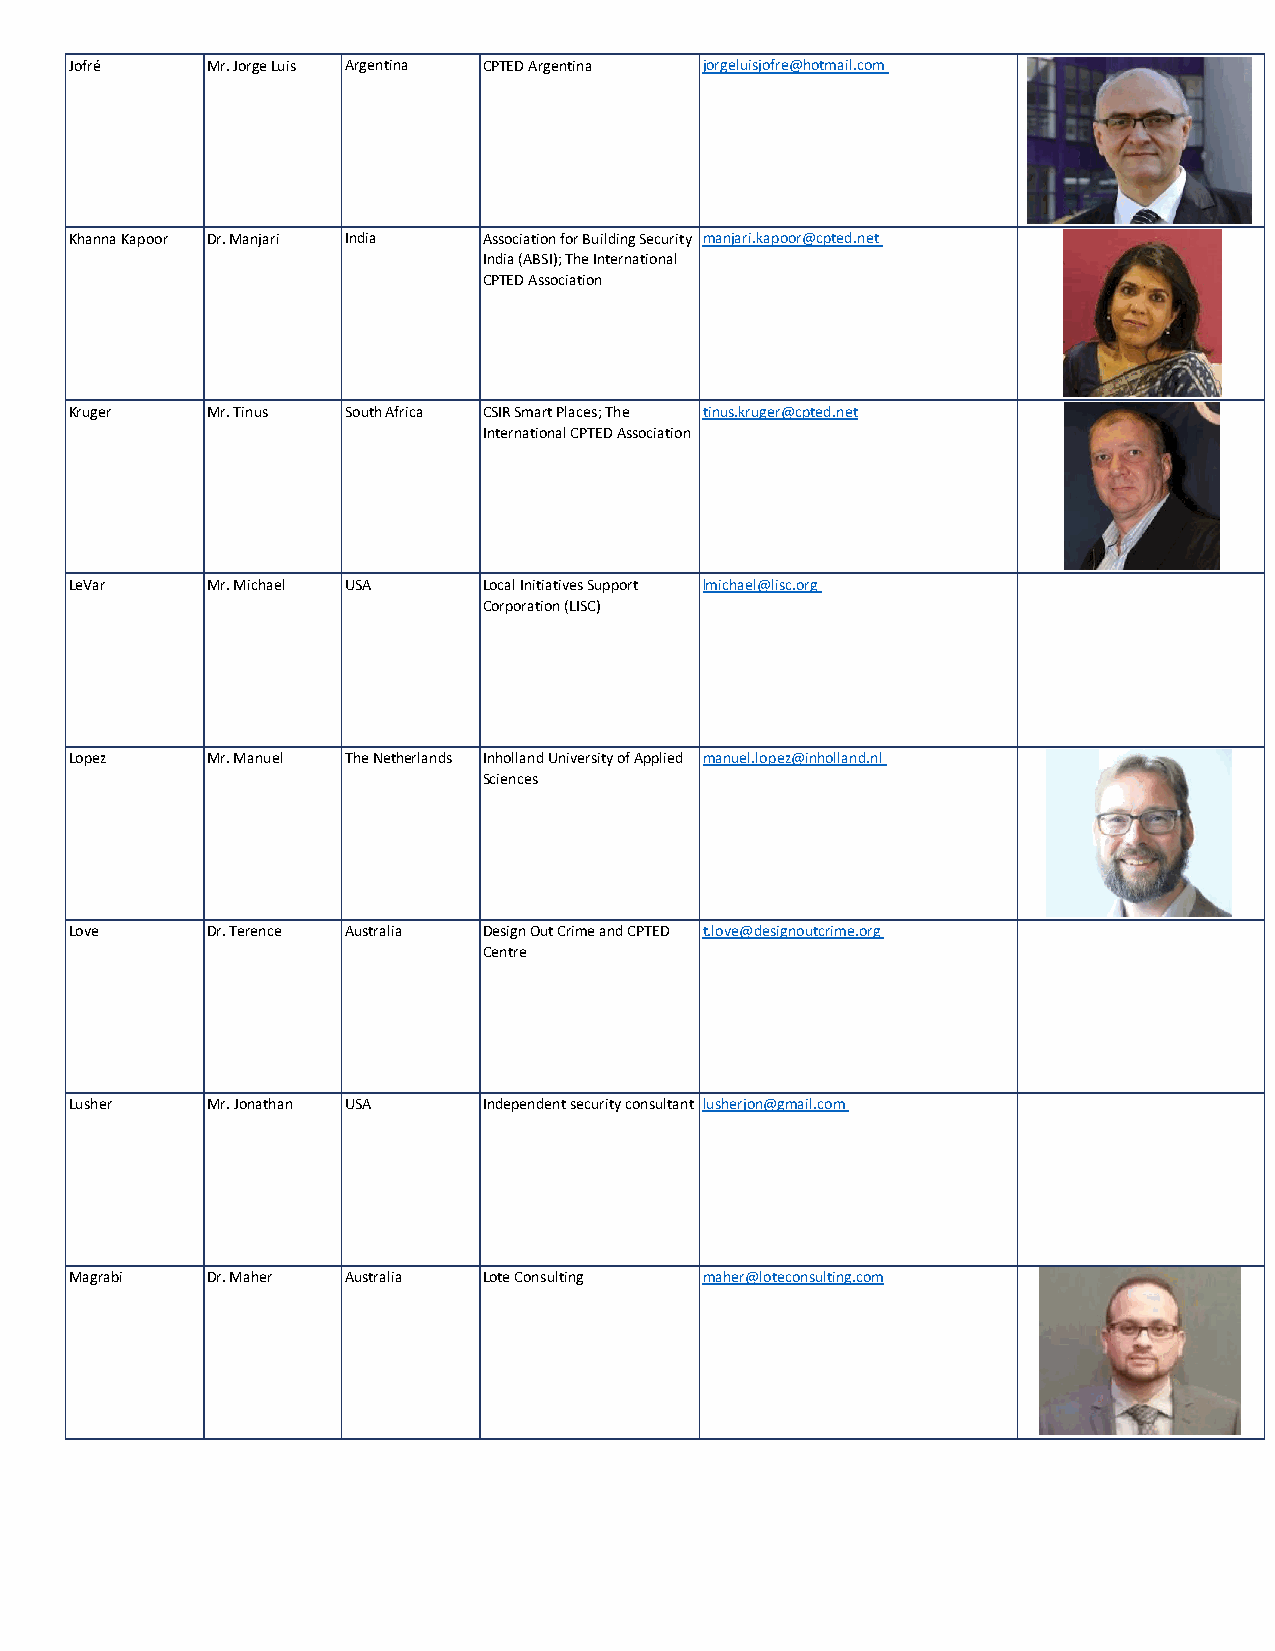
Jofré    Mr. Jorge Luis Argentina CPTED Argentina jorgeluisjofre@hotmail.com
 Khanna Kapoor Dr. Manjari India Association for Building Security manjari.kapoor@cpted.net
 India (ABSI); The International
 CPTED Association
 Kruger   Mr. Tinus South Africa CSIR Smart Places; The tinus.kruger@cpted.net
 International CPTED Association
 LeVar    Mr. Michael USA   Local Initiatives Support lmichael@lisc.org
 Corporation (LISC)
 Lopez    Mr. Manuel The Netherlands Inholland University of Applied manuel.lopez@inholland.nl
 Sciences
 Love     Dr. Terence Australia Design Out Crime and CPTED t.love@designoutcrime.org
 Centre
 Lusher   Mr. Jonathan USA  Independent security consultant lusherjon@gmail.com
 Magrabi  Dr. Maher Australia Lote Consulting maher@loteconsulting.com